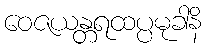
ဝေဇယန္တရထပ္ပမုခါနိ